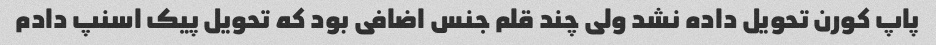
پاپ کورن تحویل داده نشد ولی چند قلم جنس اضافی بود که تحویل پیک اسنپ دادم